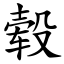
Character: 毂